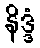
နိဒ္ဒံ